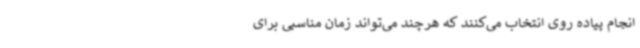
انجام پیاده روی انتخاب می‌کنند که هرچند می‌تواند زمان مناسبی برای